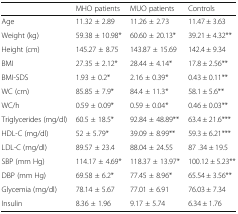
<table><thead><tr><td></td><td><b>MHO patients</b></td><td><b>MUO patients</b></td><td><b>Controls</b></td></tr></thead><tbody><tr><td>Age</td><td>11.32 ± 2.89</td><td>11.26 ± 2.73</td><td>11.47 ± 3.63</td></tr><tr><td>Weight (kg)</td><td>59.38 ± 10.98*</td><td>60.60 ± 20.13*</td><td>39.21 ± 4.32**</td></tr><tr><td>Height (cm)</td><td>145.27 ± 8.75</td><td>143.87 ± 15.69</td><td>142.4 ± 9.34</td></tr><tr><td>BMI</td><td>27.35 ± 2.12*</td><td>28.44 ± 4.14*</td><td>17.8 ± 2.56**</td></tr><tr><td>BMI-SDS</td><td>1.93 ± 0.2*</td><td>2.16 ± 0.39*</td><td>0.43 ± 0.11**</td></tr><tr><td>WC (cm)</td><td>85.85 ± 7.9*</td><td>84.4 ± 11.3*</td><td>58.1 ± 5.6**</td></tr><tr><td>WC/h</td><td>0.59 ± 0.09*</td><td>0.59 ± 0.04*</td><td>0.46 ± 0.03**</td></tr><tr><td>Triglycerides (mg/dl)</td><td>60.5 ± 18.5*</td><td>92.84 ± 48.89**</td><td>63.4 ± 21.6***</td></tr><tr><td>HDL-C (mg/dl)</td><td>52 ± 5.79*</td><td>39.09 ± 8.99**</td><td>59.3 ± 6.21***</td></tr><tr><td>LDL-C (mg/dl)</td><td>89.57 ± 23.4</td><td>88.04 ± 24.55</td><td>87 .34 ± 19.5</td></tr><tr><td>SBP (mm Hg)</td><td>114.17 ± 4.69*</td><td>118.37 ± 13.97*</td><td>100.12 ± 5.23**</td></tr><tr><td>DBP (mm Hg)</td><td>69.58 ± 6.2*</td><td>77.45 ± 8.96*</td><td>65.54 ± 3.56**</td></tr><tr><td>Glycemia (mg/dl)</td><td>78.14 ± 5.67</td><td>77.01 ± 6.91</td><td>76.03 ± 7.34</td></tr><tr><td>Insulin</td><td>8.36 ± 1.96</td><td>9.17 ± 5.74</td><td>6.34 ± 1.76</td></tr></tbody></table>